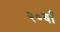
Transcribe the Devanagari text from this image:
२०वाँ